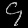
Digit: ၄